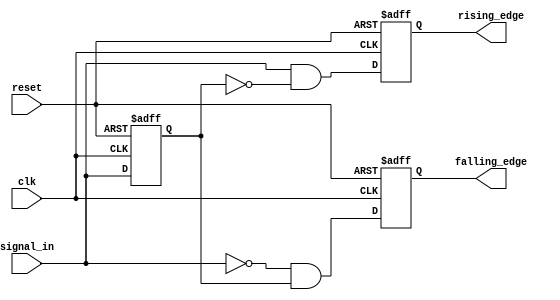
module dual_edge_detector (
    input wire clk,              // Clock signal
    input wire reset,            // Asynchronous reset signal
    input wire signal_in,        // Input signal
    output reg rising_edge,      // Output pulse for rising edge detection
    output reg falling_edge      // Output pulse for falling edge detection
);

    // Memory block to store the previous state of the input signal
    reg previous_state;

    // Always block triggered on the rising edge of the clock or reset
    always @(posedge clk or posedge reset) begin
        if (reset) begin
            // Reset outputs and previous state
            rising_edge <= 0;
            falling_edge <= 0;
            previous_state <= 0;
        end else begin
            // Edge detection logic
            rising_edge <= (signal_in && !previous_state);   // Rising edge detected
            falling_edge <= (!signal_in && previous_state);  // Falling edge detected
            
            // Update previous state with the current signal
            previous_state <= signal_in;
        end
    end

endmodule